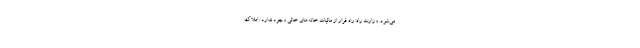
می‌شود. وزارت راه: راه فرار از مالیات خانه‌های خالی وجود ندارد/ املاک